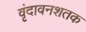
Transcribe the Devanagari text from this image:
वृंदावनशतक